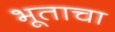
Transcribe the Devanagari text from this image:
भूताचा